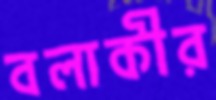
বলাকীর